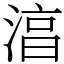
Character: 湻